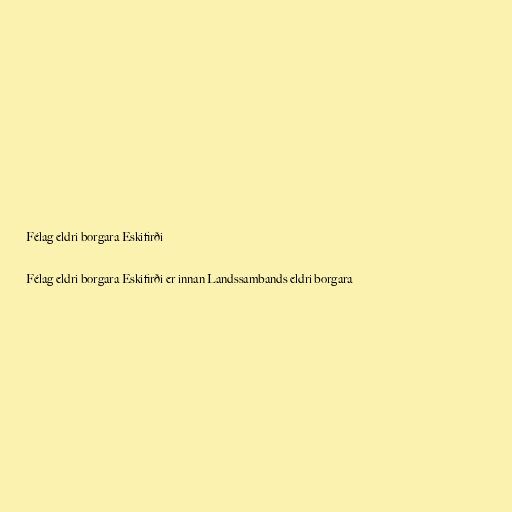
Félag eldri borgara Eskifirði

Félag eldri borgara Eskifirði er innan Landssambands eldri borgara